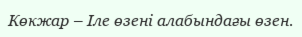
Көкжар – Іле өзені алабындағы өзен.